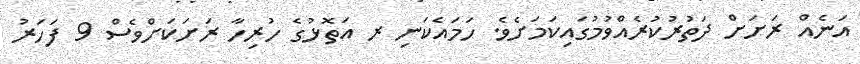
އަނެއް ރަށަށް ދަތުރުކުރެއްވުމުގައިކަމަށެވެ. ހަމައެކަނި ރ އަތޮޅުގެ ހުރިހާ ރަށަކަށްވެސް 9 ފަހަރު